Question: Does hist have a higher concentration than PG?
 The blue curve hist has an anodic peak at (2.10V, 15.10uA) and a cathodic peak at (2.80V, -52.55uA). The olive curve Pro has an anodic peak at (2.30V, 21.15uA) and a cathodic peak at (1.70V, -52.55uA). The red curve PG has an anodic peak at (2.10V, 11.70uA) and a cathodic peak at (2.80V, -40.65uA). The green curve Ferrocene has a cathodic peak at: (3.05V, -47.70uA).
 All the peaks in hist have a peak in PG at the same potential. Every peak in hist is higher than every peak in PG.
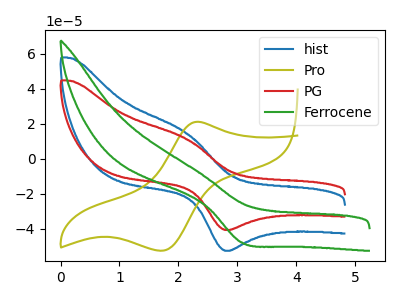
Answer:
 <answer>"hist" has more signal than "PG" and so likely has a higher concentration.</answer>
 <eval>more_concentration</eval>